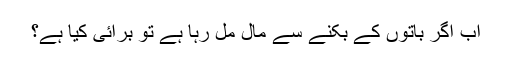
اب اگر باتوں کے بکنے سے مال مل رہا ہے تو برائی کیا ہے؟